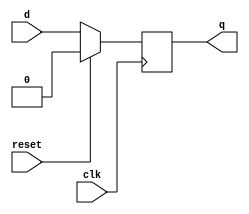
module d_ff(
    input d,clk,reset,
    output reg q
    );

    always@(posedge clk) begin
        if(reset)
            q <= 0;
        else
            q <= d;
    end    
endmodule


module siso(
    input s_in,
    input clk,rst,
    output s_out
    );
    //parameter N = 8;
    localparam N = 7; 
    wire [N:0]temp;
    
    genvar i;
    generate                                       
        for(i=0;i<N;i=i+1) 
            begin
                d_ff d (temp[i],clk,rst,temp[i+1]);
            end
    endgenerate  
    
    assign temp[0]=s_in;
    assign s_out=temp[N];

endmodule